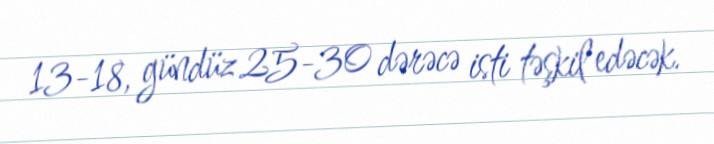
13-18, gündüz 25-30 dərəcə isti təşkil edəcək.